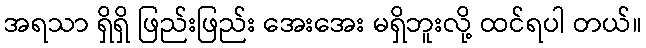
အရသာ ရှိရှိ ဖြည်းဖြည်း အေးအေး မရှိဘူးလို့ ထင်ရပါ တယ်။